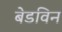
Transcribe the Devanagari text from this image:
बेडविन